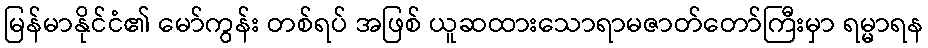
မြန်မာနိုင်ငံ၏ မော်ကွန်း တစ်ရပ် အဖြစ် ယူဆထားသောရာမဇာတ်တော်ကြီးမှာ ရမ္မာရန